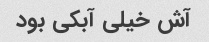
آش خیلی آبکی بود